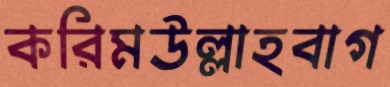
করিমউল্লাহবাগ